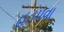
હડપવા